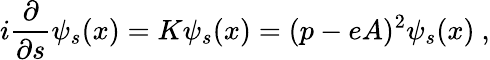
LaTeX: i\frac{\partial}{\partial s}\psi_{s}(x)=K\psi_{s}(x)=(p-eA)^{2}\psi_{s}(x)\ ,